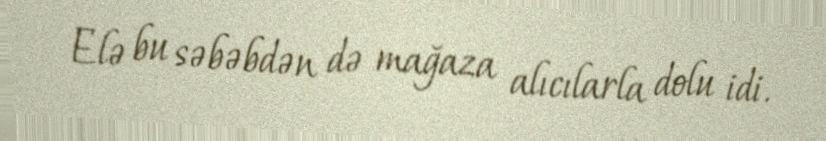
Elə bu səbəbdən də mağaza alıcılarla dolu idi.